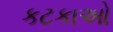
કટકાઓ